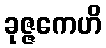
ခုဇ္ဇကေဟိ